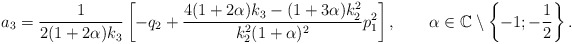
\begin{align*}a_3=\frac{1}{2(1+2\alpha)k_3}\left[-q_2+\frac{4(1+2\alpha)k_3-(1+3\alpha)k_2^2}{k_2^2(1+\alpha)^2}p_1^2\right],\quad\quad\alpha\in\mathbb{C}\setminus\left\{-1;-\frac{1}{2}\right\}.\end{align*}